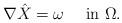
LaTeX: \begin{align*}\nabla \hat X = \omega \quad\mbox{ in } \Omega.\end{align*}